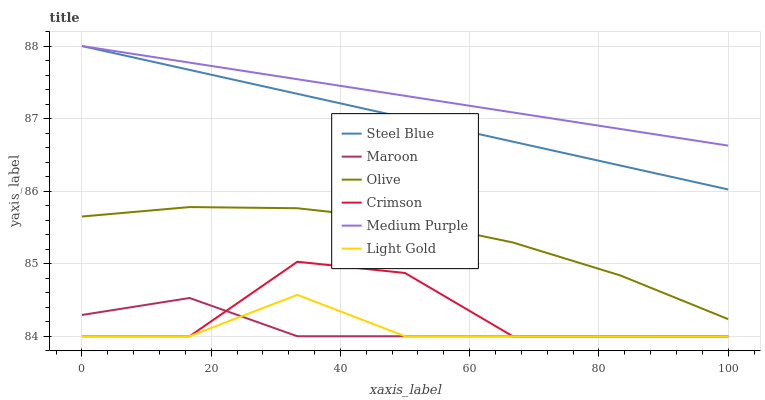
| xaxis_label | Steel Blue | Maroon | Olive | Crimson | Medium Purple | Light Gold |
 | --- | --- | --- | --- | --- | --- | --- |
 | 0 | 88 | 84.3 | 85.7 | 84 | 88 | 84 |
 | 16.7 | 87.7 | 84.5 | 85.8 | 84 | 87.8 | 84 |
 | 33.3 | 87.3 | 84 | 85.8 | 85 | 87.5 | 84.6 |
 | 50 | 87 | 84 | 85.6 | 84.9 | 87.3 | 84 |
 | 66.7 | 86.7 | 84 | 85.3 | 84 | 87.1 | 84 |
 | 83.3 | 86.4 | 84 | 84.8 | 84 | 86.9 | 84 |
 | 100 | 86 | 84 | 84.2 | 84 | 86.6 | 84 |